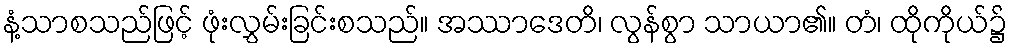
နံ့သာစသည်ဖြင့် ဖုံးလွှမ်းခြင်းစသည်။ အဿာဒေတိ၊ လွန်စွာ သာယာ၏။ တံ၊ ထိုကိုယ်၌